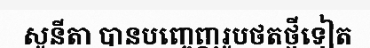
សូនីតា បានបញ្ចេញរូបថតថ្មីទៀត